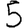
Digit: 5